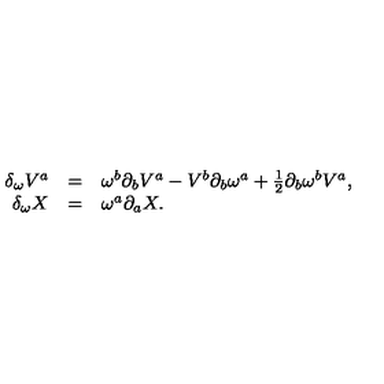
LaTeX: \begin{array} { r c l } { \delta _ { \omega } V ^ { a } } & { = } & { \omega ^ { b } \partial _ { b } V ^ { a } - V ^ { b } \partial _ { b } \omega ^ { a } + { \textstyle { \frac { 1 } { 2 } } } \partial _ { b } \omega ^ { b } V ^ { a } , } \\ { \delta _ { \omega } X } & { = } & { \omega ^ { a } \partial _ { a } X . } \\ \end{array}